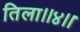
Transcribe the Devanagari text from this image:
तिला।।४।।